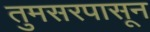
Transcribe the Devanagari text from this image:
तुमसरपासून